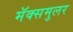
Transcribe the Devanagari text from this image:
मॅक्समुलर